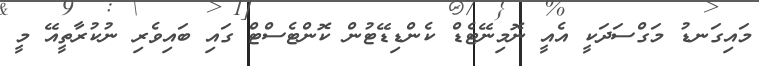
މައިގަނޑު މަގްސަދަކީ އެއީ ނޮމިނޭޓެޑް ކެންޑިޑޭޓުން ކޮންޓެސްޓް ގައި ބައިވެރި ނުކުރާތީއޭ މީ